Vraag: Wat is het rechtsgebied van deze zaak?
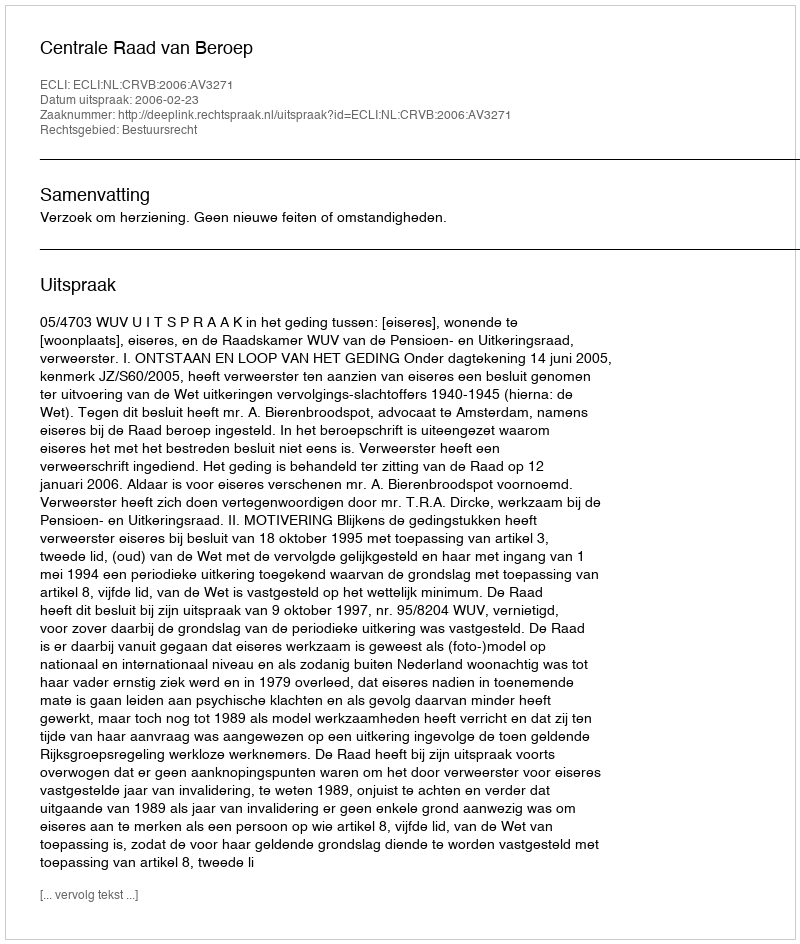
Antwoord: Bestuursrecht